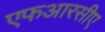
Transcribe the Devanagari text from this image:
एफआरसीए